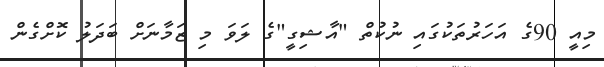
މިއީ 90ގެ އަހަރުތަކުގައި ނުކުތް "އާޝިގީ"ގެ ލަވަ މި ޒަމާނަށް ބަދަލު ކޮށްގެން